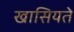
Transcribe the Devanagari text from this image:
खासियते